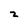
Character: z